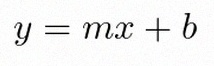
y=mx+b